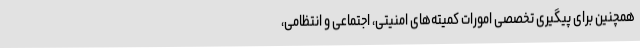
همچنین برای پیگیری تخصصی امورات کمیته‌های امنیتی، اجتماعی و انتظامی،